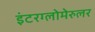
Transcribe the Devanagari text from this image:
इंटरग्लोमेरुलर